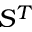
S ^ { T }